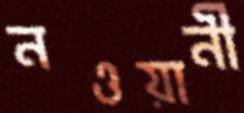
নওয়ানী